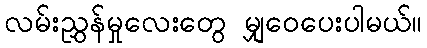
လမ်းညွှန်မှုလေးတွေ မျှဝေပေးပါမယ်။